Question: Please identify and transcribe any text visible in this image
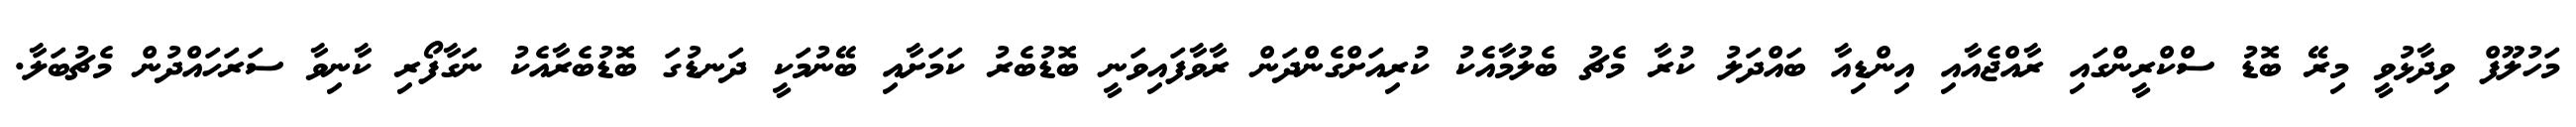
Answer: މަހުލޫފް ވިދާޅުވީ މިރޭ ބޮޑު ސްކްރީންގައި ރާއްޖެއާއި އިންޑިއާ ބައްދަލު ކުރާ މެޗު ބެލުމާއެކު ކުރިއަށްގެންދަން ރާވާފައިވަނީ ބޮޑުބެރު ކަމަށާއި ބޭނުމަކީ ދަނޑުގަ ބޮޑުބެރާއެކު ނަގާފޯރި ކާނިވާ ސަރަހައްދުން މެޗުބަލާ.